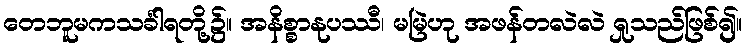
တေဘူမကသင်္ခါရတို့၌။ အနိစ္စာနုပဿီ၊ မမြဲဟု အဖန်တလဲလဲ ရှုသည်ဖြစ်၍။